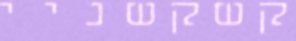
קשקשניי